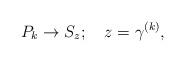
LaTeX: \begin{align*}P_{k}\rightarrow S_{z}; ~~~ z = \gamma^{(k)},\end{align*}